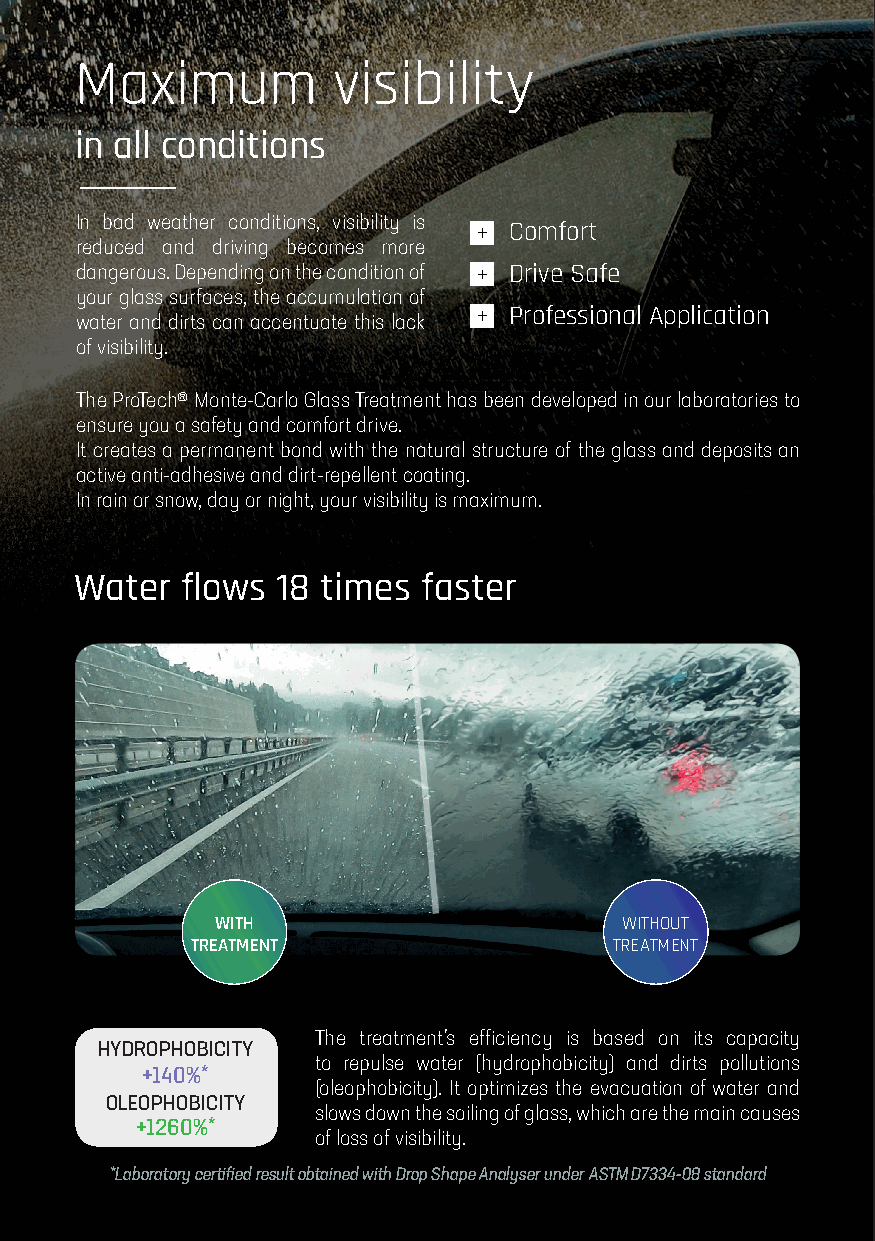
Maximum          visibility
 in all conditions
 In bad weather conditions, visibility is
 Comfort
 reduced and driving becomes more
 dangerous. Depending on the condition of Drive Safe
 your glass surfaces, the accumulation of
 Professional Application
 water and dirts can accentuate this lack
 of visibility.
 The ProTech® Monte-Carlo Glass Treatment has been developed in our laboratories to
 ensure you a safety and comfort drive.
 It creates a permanent bond with the natural structure of the glass and deposits an
 active anti-adhesive and dirt-repellent coating.
 In rain or snow, day or night, your visibility is maximum.
 Water  flows 18 times  faster
 with                       withOUt
 treatment                   treAtMent
 The treatment’s efficiency is based on its capacity
 hyDrophobiciTy
 to repulse water (hydrophobicity) and dirts pollutions
 +140%*
 (oleophobicity). It optimizes the evacuation of water and
 oLeophobiciTy
 slows down the soiling of glass, which are the main causes
 +1260%*
 of loss of visibility.
 *Laboratory certified result obtained with Drop Shape Analyser under ASTM D7334-08 standard